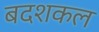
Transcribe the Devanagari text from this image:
बदशकल